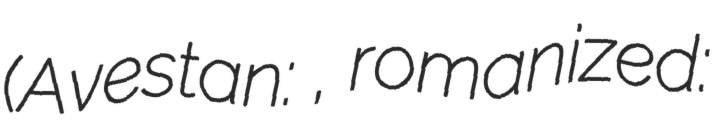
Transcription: (Avestan: 𐬚𐬭𐬀𐬉𐬙𐬀𐬊𐬥𐬀, romanized: